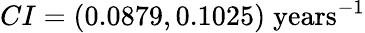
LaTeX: CI=(0.0879,0.1025)\; \textrm{years}^{-1}